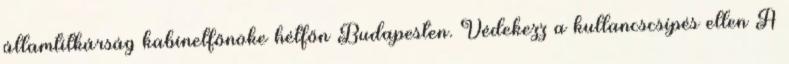
államtitkárság kabinetfőnöke hétfőn Budapesten. Védekezz a kullancscsípés ellen A